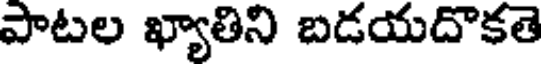
పాటల ఖ్యాతిని బడయదొకతె